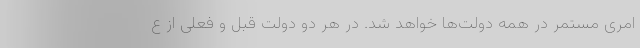
امری مستمر در همه دولت‌ها خواهد شد. در هر دو دولت قبل و فعلی از ع